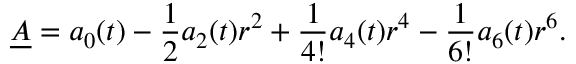
\underline { { { A } } } = a _ { 0 } ( t ) - \frac 1 2 a _ { 2 } ( t ) r ^ { 2 } + \frac { 1 } { 4 ! } a _ { 4 } ( t ) r ^ { 4 } - \frac { 1 } { 6 ! } a _ { 6 } ( t ) r ^ { 6 } .